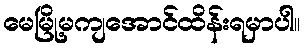
မေမြို့မကျအောင်ထိန်းရမှာပါ။